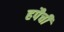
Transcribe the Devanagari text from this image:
हपैची